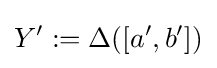
Y':=\Delta ([a',b'])